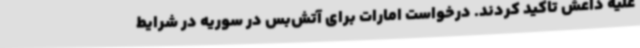
علیه داعش تاکید کردند. درخواست امارات برای آتش‌بس در سوریه در شرایط